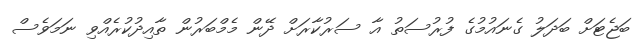
ބަޖެޓަށް ބަދަލު ގެނައުމުގެ ފުރުސަތު އާ ސަރުކާރަށް ދޭން މެމްބަރުން ތާއިދުކުރެއްވި ނަމަވެސް